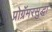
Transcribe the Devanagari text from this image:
प्रोग्रॅमरसुद्धा